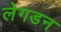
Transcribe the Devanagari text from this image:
लेगडन